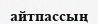
айтпассың